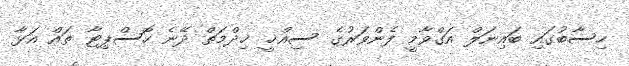
ހިސާބުގައި ބައިނަލް އަގްވާމީ ފެންވަރުގެ ސިއްޚީ ޚިދްމަތް ދޭނެ ހޮސްޕިޓާ ތައް އަޅާ